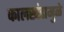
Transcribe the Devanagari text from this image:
कालखंडामुळे